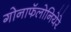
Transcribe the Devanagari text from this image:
गोनाफॅलोनियेरे